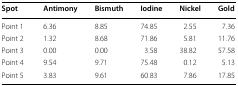
<table><thead><tr><td><b>Spot</b></td><td><b>Antimony</b></td><td><b>Bismuth</b></td><td><b>Iodine</b></td><td><b>Nickel</b></td><td><b>Gold</b></td></tr></thead><tbody><tr><td>Point 1</td><td>6.36</td><td>8.85</td><td>74.85</td><td>2.55</td><td>7.36</td></tr><tr><td>Point 2</td><td>1.32</td><td>8.68</td><td>71.86</td><td>5.81</td><td>11.76</td></tr><tr><td>Point 3</td><td>0.00</td><td>0.00</td><td>3.58</td><td>38.82</td><td>57.58</td></tr><tr><td>Point 4</td><td>9.54</td><td>9.71</td><td>75.48</td><td>0.12</td><td>5.13</td></tr><tr><td>Point 5</td><td>3.83</td><td>9.61</td><td>60.83</td><td>7.86</td><td>17.85</td></tr></tbody></table>